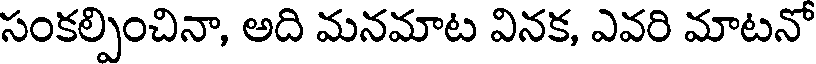
సంకల్పించినా, అది మనమాట వినక, ఎవరి మాటనో